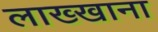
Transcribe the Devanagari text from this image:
लाख्खाना